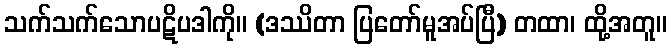
သက်သက်သောပဋိပဒါကို။ (ဒဿိတာ ပြတော်မူအပ်ပြီ) တထာ၊ ထို့အတူ။